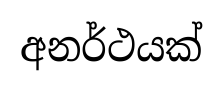
අනර්ථයක්